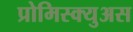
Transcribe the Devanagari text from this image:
प्रोमिस्क्युअस